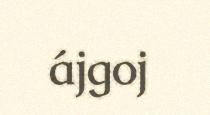
ájgoj